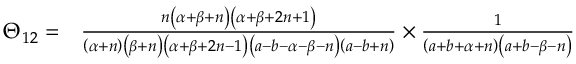
\begin{array} { r l } { \Theta _ { 1 2 } = } & { \frac { n \left( \alpha + \beta + n \right) \left( \alpha + \beta + 2 n + 1 \right) } { \left( \alpha + n \right) \left( \beta + n \right) \left( \alpha + \beta + 2 n - 1 \right) \left( a - b - \alpha - \beta - n \right) \left( a - b + n \right) } \times \frac { 1 } { \left( a + b + \alpha + n \right) \left( a + b - \beta - n \right) } } \end{array}